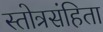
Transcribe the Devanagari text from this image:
स्तोत्रसंहिता